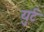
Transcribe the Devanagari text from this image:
युर्ट